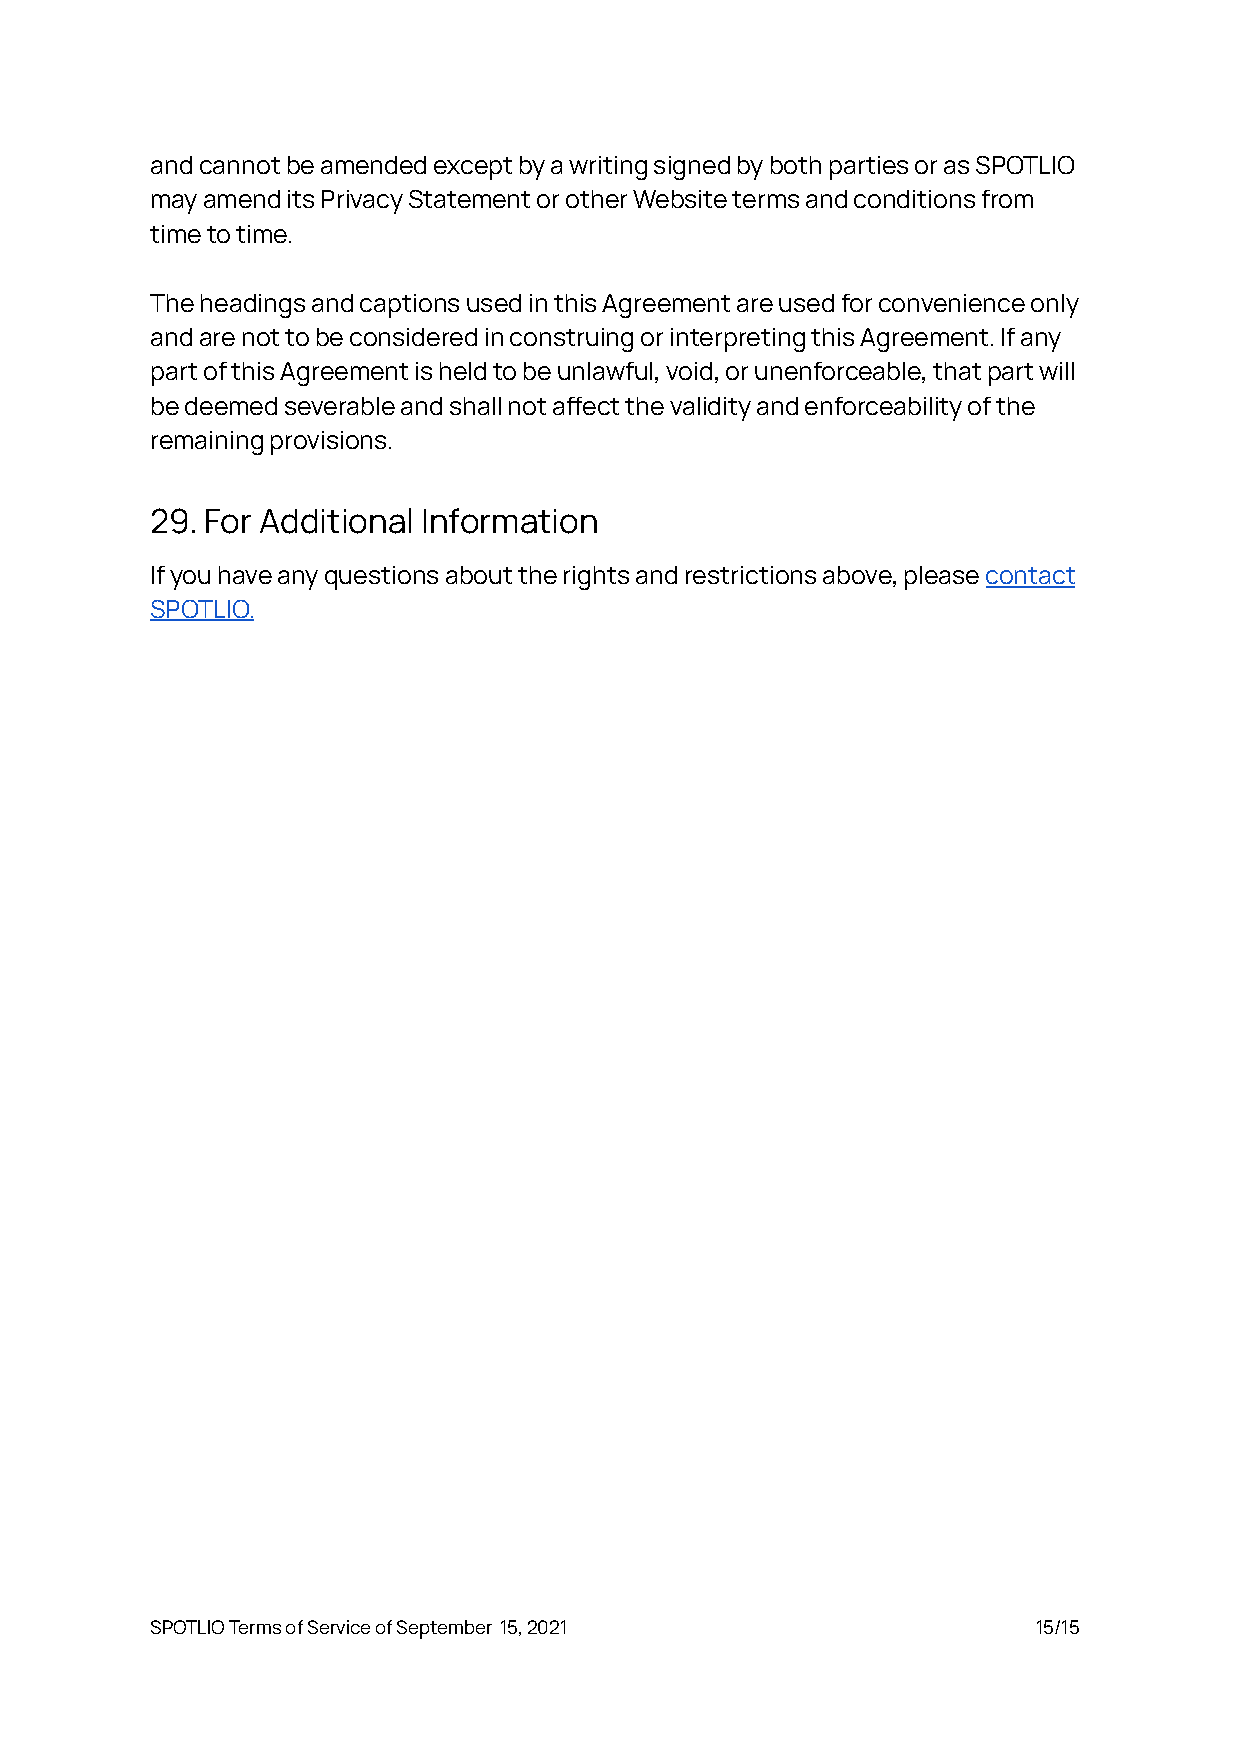
and cannot be amended except by a writing signed by both parties or as SPOTLIO
 may amend its Privacy Statement or other Website terms and conditions from
 time to time.
 The headings and captions used in this Agreement are used for convenience only
 and are not to be considered in construing or interpreting this Agreement. If any
 part of this Agreement is held to be unlawful, void, or unenforceable, that part will
 be deemed severable and shall not aect the validity and enforceability of the
 remaining provisions.
 29. For Additional Information
 If you have any questions about the rights and restrictions above, pleasecontact
 SPOTLIO.
 SPOTLIO Terms of Service of September 15, 2021             15/15